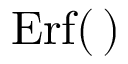
\mathrm { E r f } ( \, )